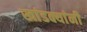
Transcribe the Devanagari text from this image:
खांडक्यांनी